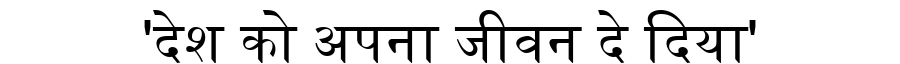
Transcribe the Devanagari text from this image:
'देश को अपना जीवन दे दिया'